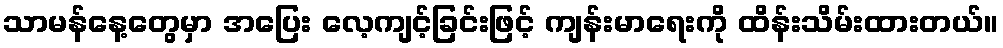
သာမန်နေ့တွေမှာ အပြေး လေ့ကျင့်ခြင်းဖြင့် ကျန်းမာရေးကို ထိန်းသိမ်းထားတယ်။